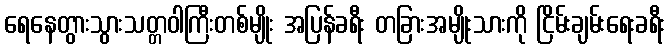
ရေနေတွားသွားသတ္တဝါကြီးတစ်မျိုး အပြန်ခရီး တခြားအမျိုးသားကို ငြိမ်းချမ်းရေးခရီး